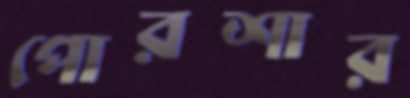
পোরশার